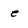
Character: e